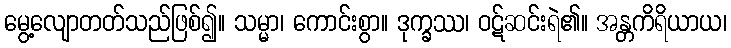
မွေ့လျောတတ်သည်ဖြစ်၍။ သမ္မာ၊ ကောင်းစွာ။ ဒုက္ခဿ၊ ဝဋ်ဆင်းရဲ၏။ အန္တကိရိယာယ၊